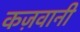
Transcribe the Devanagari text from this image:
कज़वानी